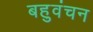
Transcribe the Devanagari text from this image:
बहुवंचन